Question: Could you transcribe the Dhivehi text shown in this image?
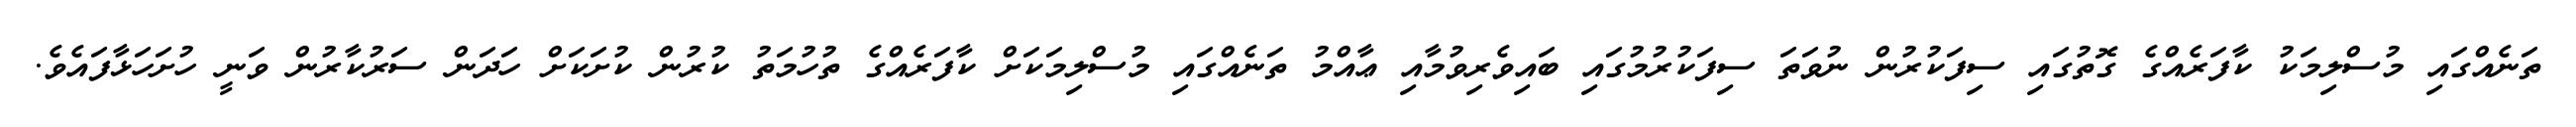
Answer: ތަނެއްގައި މުސްލިމަކު ކާފަރެއްގެ ގޮތުގައި ސިފަކުރުން ނުވަތަ ސިފަކުރުމުގައި ބައިވެރިވުމާއި ޢާއްމު ތަނެއްގައި މުސްލިމަކަށް ކާފަރެއްގެ ތުހުމަތު ކުރުން ކުށަކަށް ހަދަން ސަރުކާރުން ވަނީ ހުށަހަޅާފައެވެ.